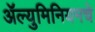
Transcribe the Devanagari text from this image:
ॲल्युमिनियमचे